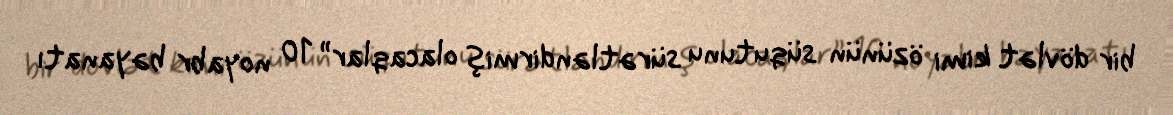
bir dövlət kimi özünün süqutunu sürətləndirmiş olacaqlar” 10 noyabr bəyanatı